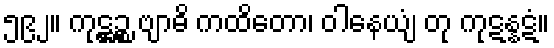
၅၉၂။ ကုဋ္ဌဉ္စ ဗျာဓိ ကထိတော၊ ဝါနေယျံ တု ကုဋန္နဋံ။